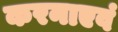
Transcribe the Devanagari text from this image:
करनाएवं